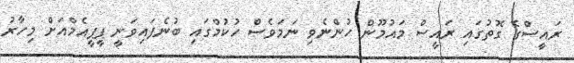
ރައީސްގެ ގޮތުގައި ރައީސް މައުމޫން ހުންނެވި ނަމަވެސް ހުކުމްގައި ބުނެފައިވަނީ ޕީޕީއެމްއަށް މިހާރު